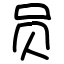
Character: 员